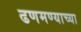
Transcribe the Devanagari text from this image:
ढणमण्याच्या